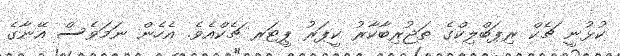
ކުޅުނީ ޗެކް ރިޕަބްލިކްގެ ތަޖުރިބާކާރު ކީޕަރު ޕީޓަރ ޗެކްއެވެ. އެހެން ނަމަވެސް އޭނާގެ